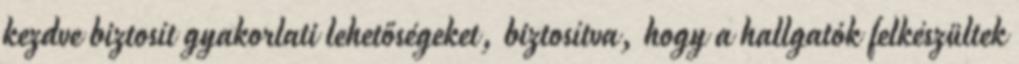
kezdve biztosít gyakorlati lehetőségeket, biztosítva, hogy a hallgatók felkészültek